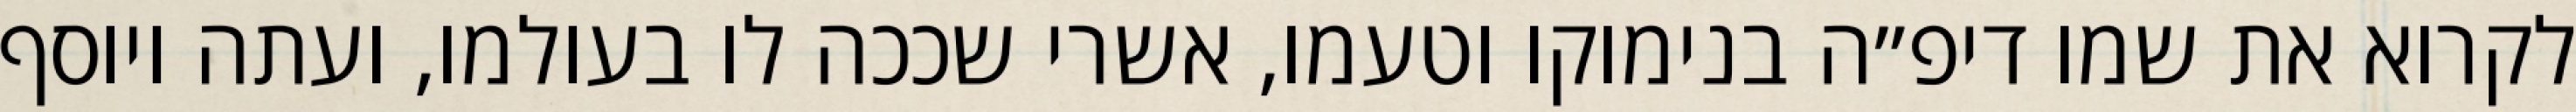
לקרוא את שמו דיפ״ה בנימוקו וטעמו, אשרי שככה לו בעולמו, ועתה ויוסף